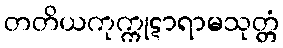
တတိယကုက္ကုဋာရာမသုတ္တံ